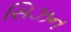
સિઝન